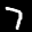
Label: 7